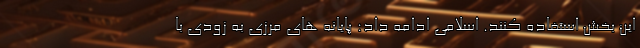
این بخش استفاده کنند. اسلامی ادامه داد: پایانه های مرزی به زودی با